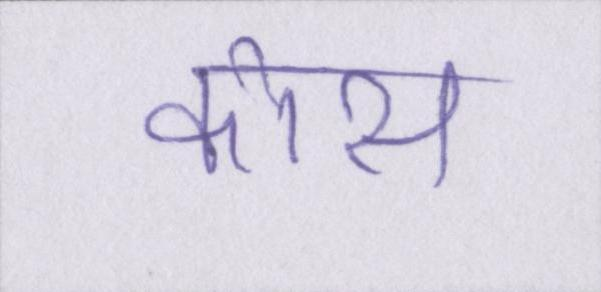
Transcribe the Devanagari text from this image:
कोस